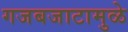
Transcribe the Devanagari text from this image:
गजबजाटामुळे